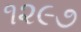
૧૨૯૭